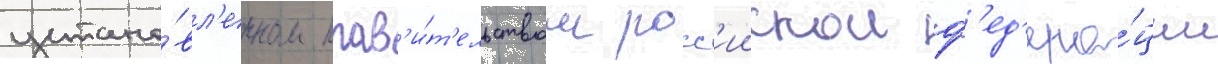
устано́вл'енном прав'и́т'ельством росс'иискои ф'ед'ера́ции